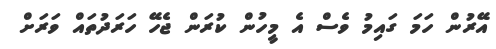
އޭރުން ހަމަ ގައިމު ވެސް އެ މީހުން ކުރަން ޖެހޭ ހަރަދުތައް ވަރަށް